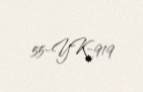
55-YK-919